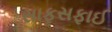
સાફસફાઈ